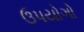
ઉપયોગો